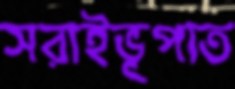
সরাইভূপাত